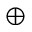
\oplus